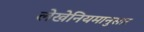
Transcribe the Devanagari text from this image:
लेखेनियमानुसार